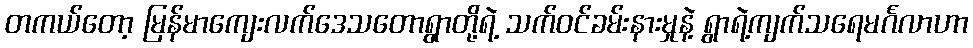
တကယ်တော့ မြန်မာကျေးလက်ဒေသတောရွာတို့ရဲ့ သက်ဝင်ခမ်းနားမှုနဲ့ ရွာရဲ့ကျက်သရေမင်္ဂလာဟာ